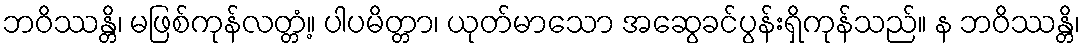
ဘဝိဿန္တိ၊ မဖြစ်ကုန်လတ္တံ့။ ပါပမိတ္တာ၊ ယုတ်မာသော အဆွေခင်ပွန်းရှိကုန်သည်။ န ဘဝိဿန္တိ၊